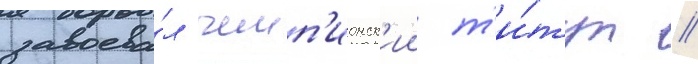
завоева́л чемп'ионск'ии т'и́тул //